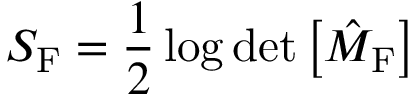
S _ { \mathrm { F } } = \frac { 1 } { 2 } \log \operatorname * { d e t } \left[ \hat { \cal M } _ { \mathrm { F } } \right]